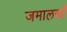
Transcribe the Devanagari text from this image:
जमालखाँ